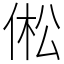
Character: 倯